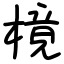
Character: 樈